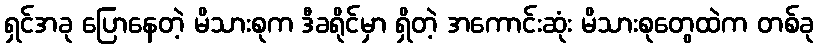
ရှင်အခု ပြောနေတဲ့ မိသားစုက ဒီခရိုင်မှာ ရှိတဲ့ အကောင်းဆုံး မိသားစုတွေထဲက တစ်ခု